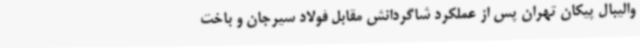
والیبال پیکان تهران پس از عملکرد شاگردانش مقابل فولاد سیرجان و باخت